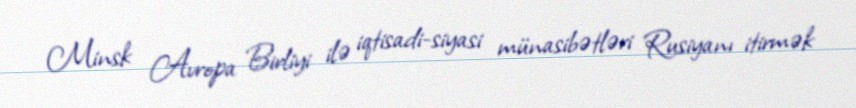
Minsk Avropa Birliyi ilə iqtisadi-siyasi münasibətləri Rusiyanı itirmək